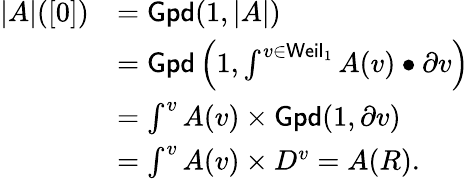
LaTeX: \begin{array}{rl}{|A|([0])}&{=\mathsf{Gpd}(1,|A|)}\\ &{=\mathsf{Gpd}\left(1,\int^{v\in\mathsf{Weil}_{1}}A(v)\bullet\partial v\right)}\\ &{=\int^{v}A(v)\times\mathsf{Gpd}(1,\partial v)}\\ &{=\int^{v}A(v)\times D^{v}=A(R).}\end{array}